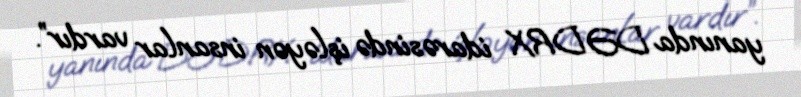
yanında DƏDRX idarəsində işləyən insanlar vardır”.